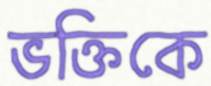
ভক্তিকে